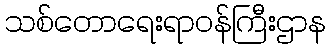
သစ်တောရေးရာဝန်ကြီးဌာန